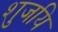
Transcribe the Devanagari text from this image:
शुजयि